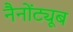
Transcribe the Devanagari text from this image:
नैनोंट्यूब